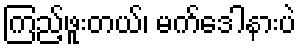
ကြည့်ဖူးတယ်၊ မက်ဒေါနားပဲ